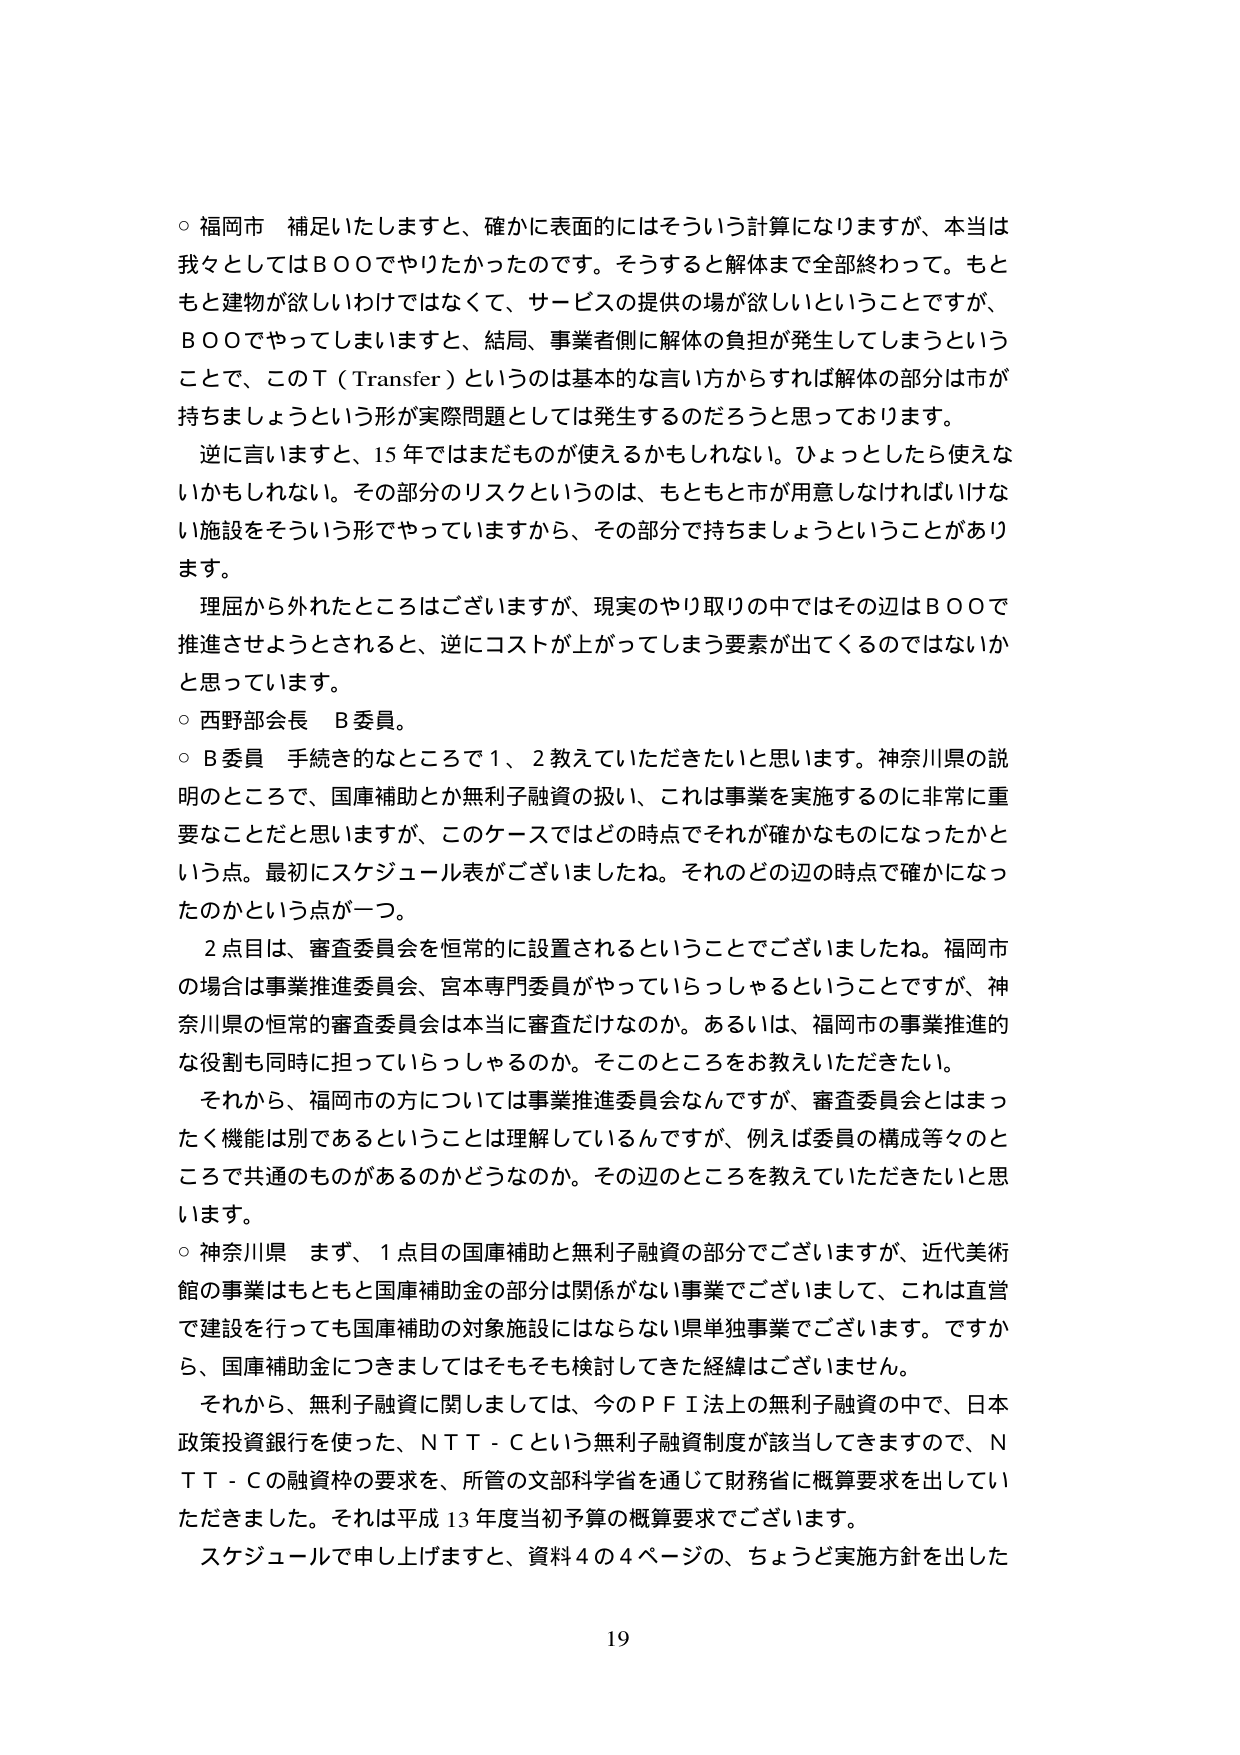
○ 福岡市 補足いたしますと、確かに表面的にはそういう計算になりますが、本当は我々としてはＢＯＯでやりたかったのです。そうすると解体まで全部終わって。もともと建物が欲しいわけではなくて、サービスの提供の場が欲しいということですが、ＢＯＯでできてしまいますと、結局、事業者側に解体の負担が発生してしまうということで、このＴ（Transfer）というのは基本的な言い方からすれば解体の部分は市が持ちましょうという形が実際問題としては発生するのだろうと思っております。

逆に言いますと、15年ではまだものが使えるかもしれない。ひょっとしたら使えないかもしれない。その部分のリスクというのは、もともと市が用意しなければいけない施設をそういう形でやっていますから、その部分で持ちましょうということがあります。

理屈から外れたところはございますが、現実のやり取りの中ではその辺はＢＯＯで推進させようとされると、逆にコストが上がってしまう要素が出てくるのではないかと思っています。

○ 西野部会長 Ｂ委員。

○ Ｂ委員 手続き的なところで1、2教えていただきたいと思います。神奈川県の説明のところで、国庫補助とか無利子融資の扱い、これは事業を実施するのに非常に重要なことだと思いますが、このケースではどの時点でそれが確かなものになったかという点。最初にスケジュール表がございましたね。それのどの辺の時点で確かになったのかという点が一つ。

2点目は、審査委員会を恒常的に設置されるということでございましたね。福岡市の場合は事業推進委員会、宮本専門委員がやっていらっしゃるということですが、神奈川県の恒常的審査委員会は本当に審査だけなのか。あるいは、福岡市の事業推進的な役割も同時に担っていらっしゃるのか。そこのところをお教えいただきたい。

それから、福岡市の方については事業推進委員会なんですが、審査委員会とはまったく機能は別であるということは理解しているんですが、例えば委員の構成等々のところで共通のものがあるのかどうなのか。その辺のところを教えていただきたいと思います。

○ 神奈川県 まず、1点目の国庫補助と無利子融資の部分でございますが、近代美術館の事業はもともと国庫補助金の部分は関係がない事業でございまして、これは直営で建設を行っても国庫補助の対象施設にはならない県単独事業でございます。ですから、国庫補助金につきましてはそもそも検討してきた経緯はございません。

それから、無利子融資に関しましては、今のＰＦＩ法上の無利子融資の中で、日本政策投資銀行を使った、ＮＴＴ－Ｃという無利子融資制度が該当してきますので、ＮＴＴ－Ｃの融資枠の要求を、所管の文部科学省を通じて財務省に概算要求を出していただきました。それは平成13年度当初予算の概算要求でございます。

スケジュールで申し上げますと、資料4の4ページの、ちょうど実施方針を出した

19